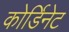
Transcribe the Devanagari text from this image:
कोर्डिनेट